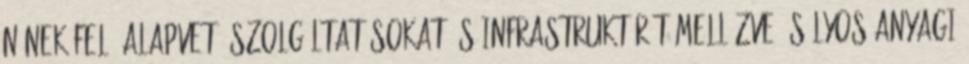
nőnek fel, alapvető szolgáltatásokat és infrastruktúrát mellőzve, súlyos anyagi